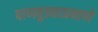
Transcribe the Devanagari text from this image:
पाणबुड्याप्रमाणे